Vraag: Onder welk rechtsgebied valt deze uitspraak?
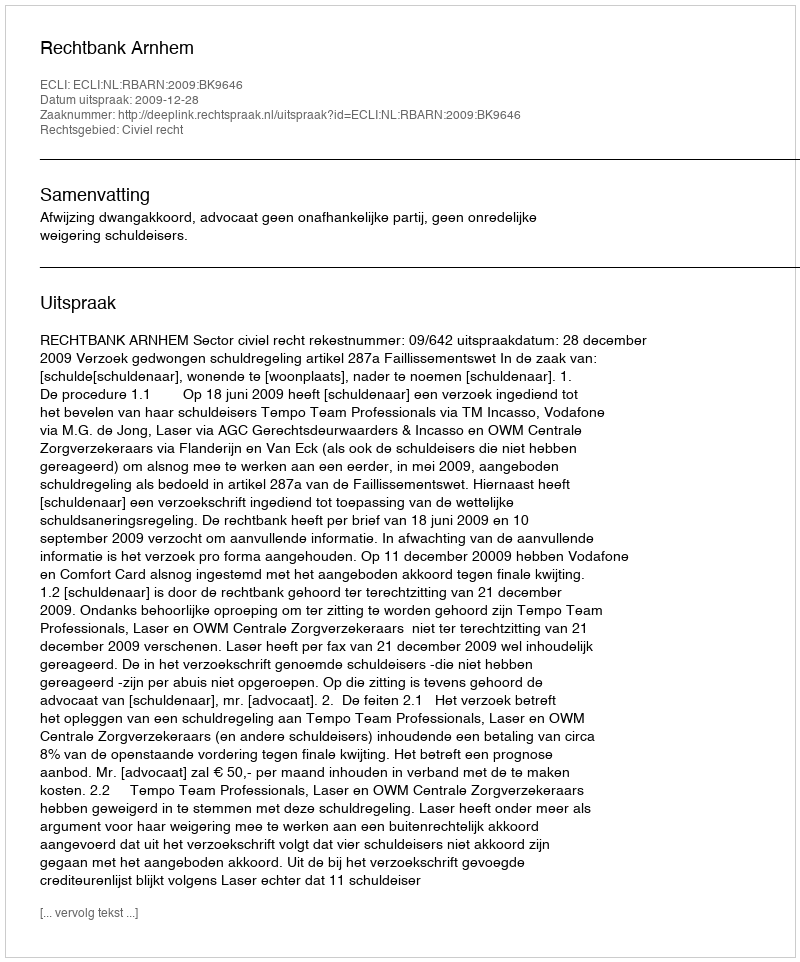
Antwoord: Civiel recht